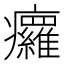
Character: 㿚